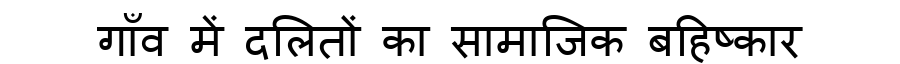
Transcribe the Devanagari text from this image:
गाँव में दलितों का सामाजिक बहिष्कार